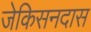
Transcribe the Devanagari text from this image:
जेकिसनदास